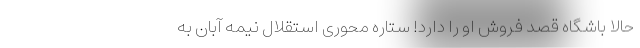
حالا باشگاه قصد فروش او را دارد! ستاره محوری استقلال نیمه آبان به